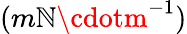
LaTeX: (m\mathbb{N}\cdotm^{-1})